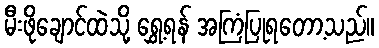
မီးဖိုချောင်ထဲသို့ ရွှေ့ရန် အကြံပြုရတော့သည်။